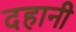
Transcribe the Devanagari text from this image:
दहानी